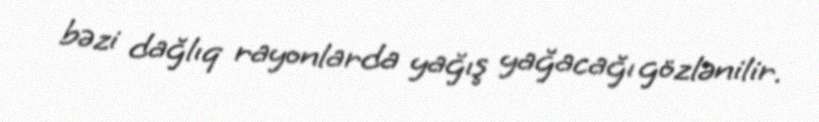
bəzi dağlıq rayonlarda yağış yağacağı gözlənilir.